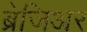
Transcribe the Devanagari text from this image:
ब्रेजिअर